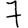
Digit: 7